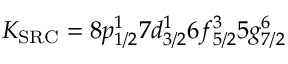
K _ { \mathrm { S R C } } = 8 p _ { 1 / 2 } ^ { 1 } 7 d _ { 3 / 2 } ^ { 1 } 6 f _ { 5 / 2 } ^ { 3 } 5 g _ { 7 / 2 } ^ { 6 }